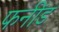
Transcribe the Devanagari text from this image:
फनींड